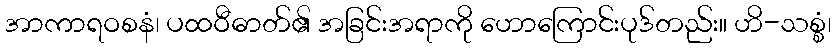
အာကာရဝစနံ၊ ပထဝီဓာတ်၏ အခြင်းအရာကို ဟောကြောင်းပုဒ်တည်း။ ဟိ-သစ္စံ၊